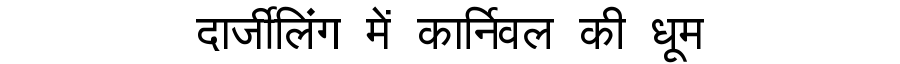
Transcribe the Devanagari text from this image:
दार्जीलिंग में कार्निवल की धूम